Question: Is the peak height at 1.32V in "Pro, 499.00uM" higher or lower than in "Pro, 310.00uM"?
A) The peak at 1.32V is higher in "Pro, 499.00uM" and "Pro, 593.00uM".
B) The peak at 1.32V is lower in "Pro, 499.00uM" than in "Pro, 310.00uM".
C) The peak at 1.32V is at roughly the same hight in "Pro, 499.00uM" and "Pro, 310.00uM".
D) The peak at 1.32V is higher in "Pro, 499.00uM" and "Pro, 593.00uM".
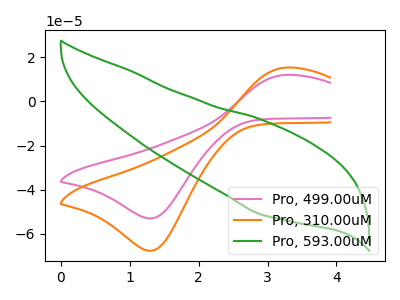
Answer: <think>The pink curve "Pro, 499.00uM" has an anodic peak at (3.30V, 12.00uA) and a cathodic peak at (1.30V, -52.95uA). The orange curve "Pro, 310.00uM" has an anodic peak at (3.30V, 15.30uA) and a cathodic peak at (1.30V, -67.60uA). The green curve "Pro, 593.00uM" has no peaks.</think>
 <answer>B) The peak at 1.32V is lower in "Pro, 499.00uM" than in "Pro, 310.00uM".</answer>
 <eval>B</eval>